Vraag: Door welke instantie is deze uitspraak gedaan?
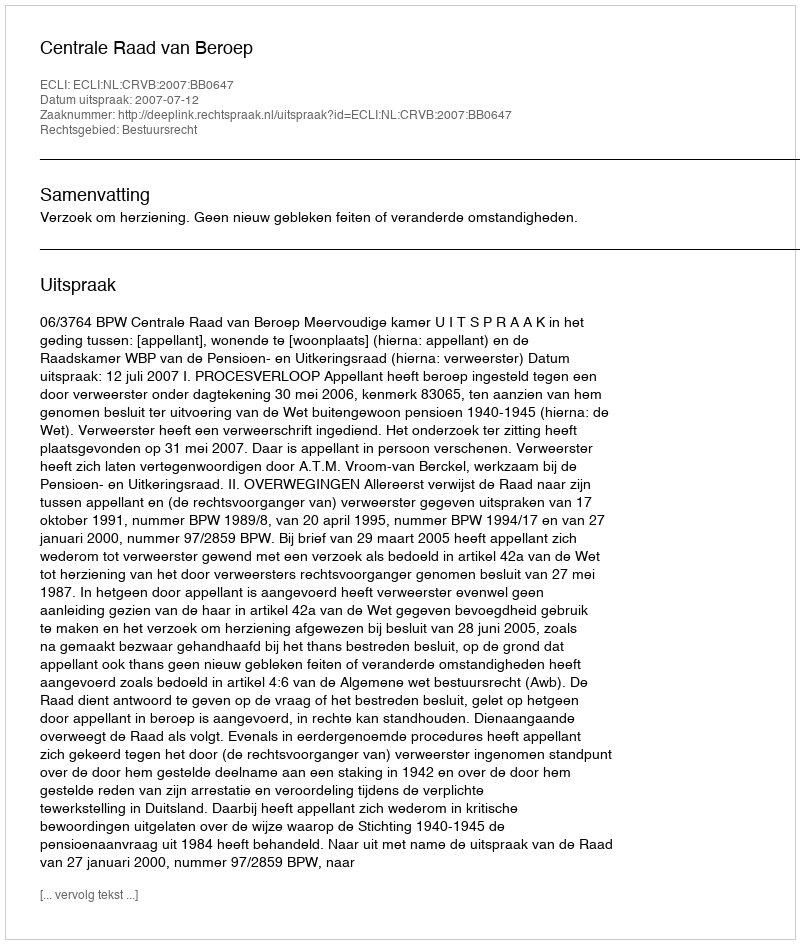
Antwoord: Centrale Raad van Beroep